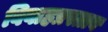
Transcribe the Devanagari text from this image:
विवाहप्रस्ताव